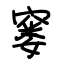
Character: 窭